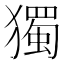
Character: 獨